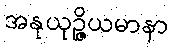
အနုယုဉ္ဇိယမာနာ